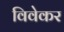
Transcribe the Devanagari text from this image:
विवेकर